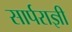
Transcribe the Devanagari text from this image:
सार्पराज्ञी